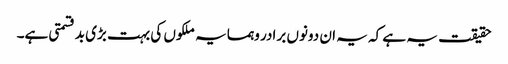
حقیقت یہ ہے کہ یہ ان دونوں برادر وہمسایہ ملکوں کی بہت بڑی بدقسمتی ہے۔